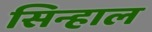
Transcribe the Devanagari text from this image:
सिन्हाल